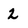
Character: 2